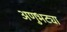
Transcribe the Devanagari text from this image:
अणुभट्या